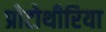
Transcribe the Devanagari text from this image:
प्रोटोथीरिया